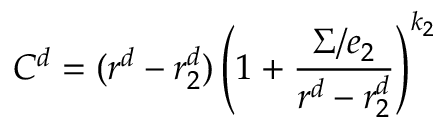
C ^ { d } = ( r ^ { d } - r _ { 2 } ^ { d } ) \left( 1 + { \frac { \Sigma / e _ { 2 } } { r ^ { d } - r _ { 2 } ^ { d } } } \right) ^ { k _ { 2 } }